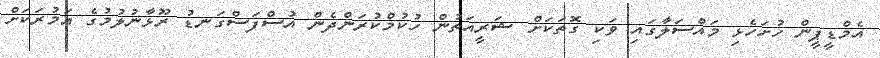
އެމްޑީޕީން ހުށަހެޅި މައްސަލާގައި ވަކި ގޮތަކަށް ޝަރީއަތުން ހުކުމްކުރަންދެން އުސްފަސްގަނޑު ރޫޅާނުލުމުގެ އަމުރަކަށް